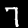
Label: 7